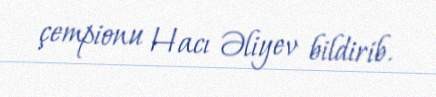
çempionu Hacı Əliyev bildirib.